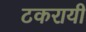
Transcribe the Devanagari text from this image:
टकरायी